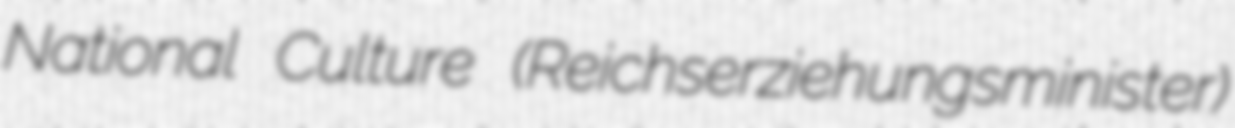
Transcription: National Culture (Reichserziehungsminister)